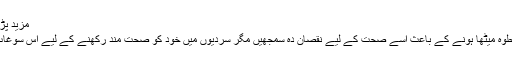
مزید پڑھیں : گاجر کا حلوہ بنانے کی ترکیب
ویسے ہوسکتا ہے کہ لوگ گاجر کا حلوہ میٹھا ہونے کے باعث اسے صحت کے لیے نقصان دہ سمجھیں مگر سردیوں میں خود کو صحت مند رکھنے کے لیے اس سوغات کو کھانا فائدہ مند ثابت ہوسکتا ہے۔